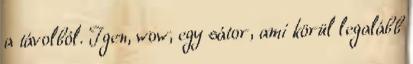
a távolból. Igen, wow, egy sátor, ami körül legalább